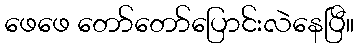
ဖေဖေ တော်တော်ပြောင်းလဲနေပြီ။